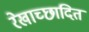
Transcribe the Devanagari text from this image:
रेखाच्छादित